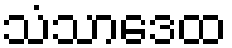
သံသာဒေထ